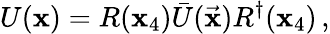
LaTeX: U(\mathbf{x})=R(\mathbf{x}_{4})\bar{{U}}({\vec{{\mathbf{x}}}})R^{\dagger}(\mathbf{x}_{4})\, ,